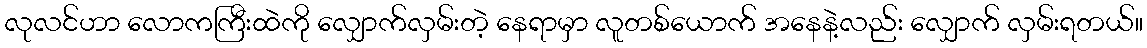
လုလင်ဟာ လောကကြီးထဲကို လျှောက်လှမ်းတဲ့ နေရာမှာ လူတစ်ယောက် အနေနဲ့လည်း လျှောက် လှမ်းရတယ်။